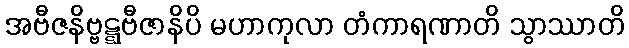
အဗီဇနိဗ္ဗဋ္ဋဗီဇာနိပိ မဟာကုလာ တံကာရဏာတိ သွာဿာတိ